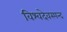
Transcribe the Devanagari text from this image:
विश्वदेवस्पन्द